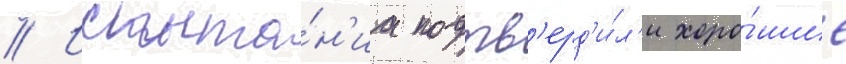
// Испыта́н'иа подтв'ерд'и́л'и хоро́шие